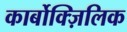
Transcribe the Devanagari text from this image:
कार्बोक्ज़िलिक